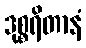
ဒုစ္စရိတာနံ